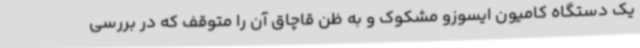
یک دستگاه کامیون ایسوزو مشکوک و به ظن قاچاق آن را متوقف که در بررسی